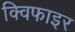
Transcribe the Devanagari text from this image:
क्विफाइर